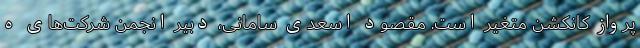
پرواز کانکشن متغیر است. مقصود اسعدی سامانی، دبیر انجمن شرکت‌های ه